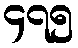
၄၇၅